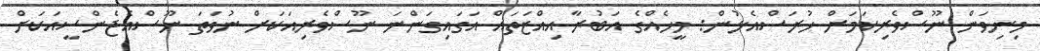
މިނިވަން ނޫސްވެރިކަމަށް ހުރަސްއެޅުން: މީހެއްގެ އަބުރާ އިއްޒަތައް އަގައިގަންނަ ނޫސްވެރިއަކަށް ނުވަތަ ނޫސްއެޖެންސީއަކަށް